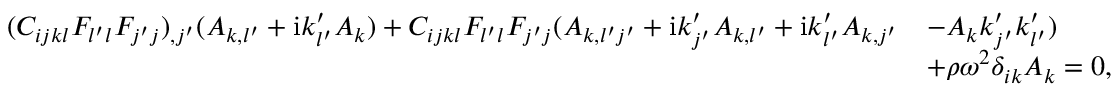
\begin{array} { r l } { ( C _ { i j k l } F _ { l ^ { \prime } l } F _ { j ^ { \prime } j } ) _ { , j ^ { \prime } } ( A _ { k , l ^ { \prime } } + \mathrm { i } k _ { l ^ { \prime } } ^ { \prime } A _ { k } ) + C _ { i j k l } F _ { l ^ { \prime } l } F _ { j ^ { \prime } j } ( A _ { k , l ^ { \prime } j ^ { \prime } } + \mathrm { i } k _ { j ^ { \prime } } ^ { \prime } A _ { k , l ^ { \prime } } + \mathrm { i } k _ { l ^ { \prime } } ^ { \prime } A _ { k , j ^ { \prime } } } & { - A _ { k } k _ { j ^ { \prime } } ^ { \prime } k _ { l ^ { \prime } } ^ { \prime } ) } \\ & { + \rho \omega ^ { 2 } \delta _ { i k } A _ { k } = 0 , } \end{array}